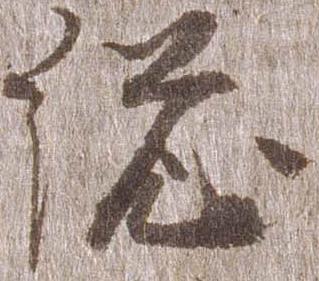
総